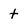
Character: t